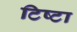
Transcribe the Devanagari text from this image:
टिष्टा